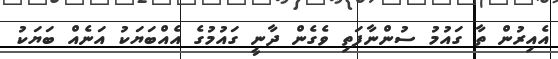
އެއިރުން ތާ ގައުމު ސުންނާފަތި ވެގެން ދާނީ ގައުމުގެ އެއްބަޔަކު އަނެއް ބަޔަކު